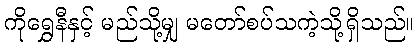
ကိုရွှေနီနှင့် မည်သို့မျှ မတော်စပ်သကဲ့သို့ရှိသည်။